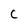
Character: C